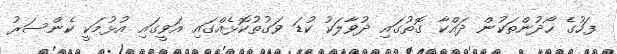
ފަހުގެ ހޯދުންތަކުން ދައްކާ ގޮތުގައި ދުވާލަކު ކުޑަ ވަގުތުކޮޅެއްގައި އަވީގައި އުޅުމަކީ ކެންސަރު